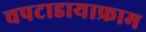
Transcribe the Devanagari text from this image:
चपटाडायाफ्राम